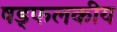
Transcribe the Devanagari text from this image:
षड्फलकीय